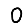
Digit: 0